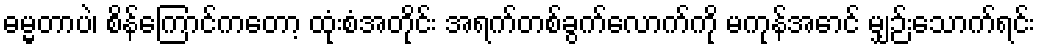
ဓမ္မတာပဲ၊ စိန်ကြောင်ကတော့ ထုံးစံအတိုင်း အရက်တစ်ခွက်လောက်ကို မကုန်အောင် မျှဉ်းသောက်ရင်း